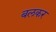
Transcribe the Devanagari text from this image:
बलकर